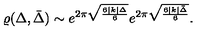
\varrho ( \Delta , \bar { \Delta } ) \sim e ^ { 2 \pi \sqrt { \frac { 6 | k | \Delta } { 6 } } } e ^ { 2 \pi \sqrt { \frac { 6 | k | \bar { \Delta } } { 6 } } } .